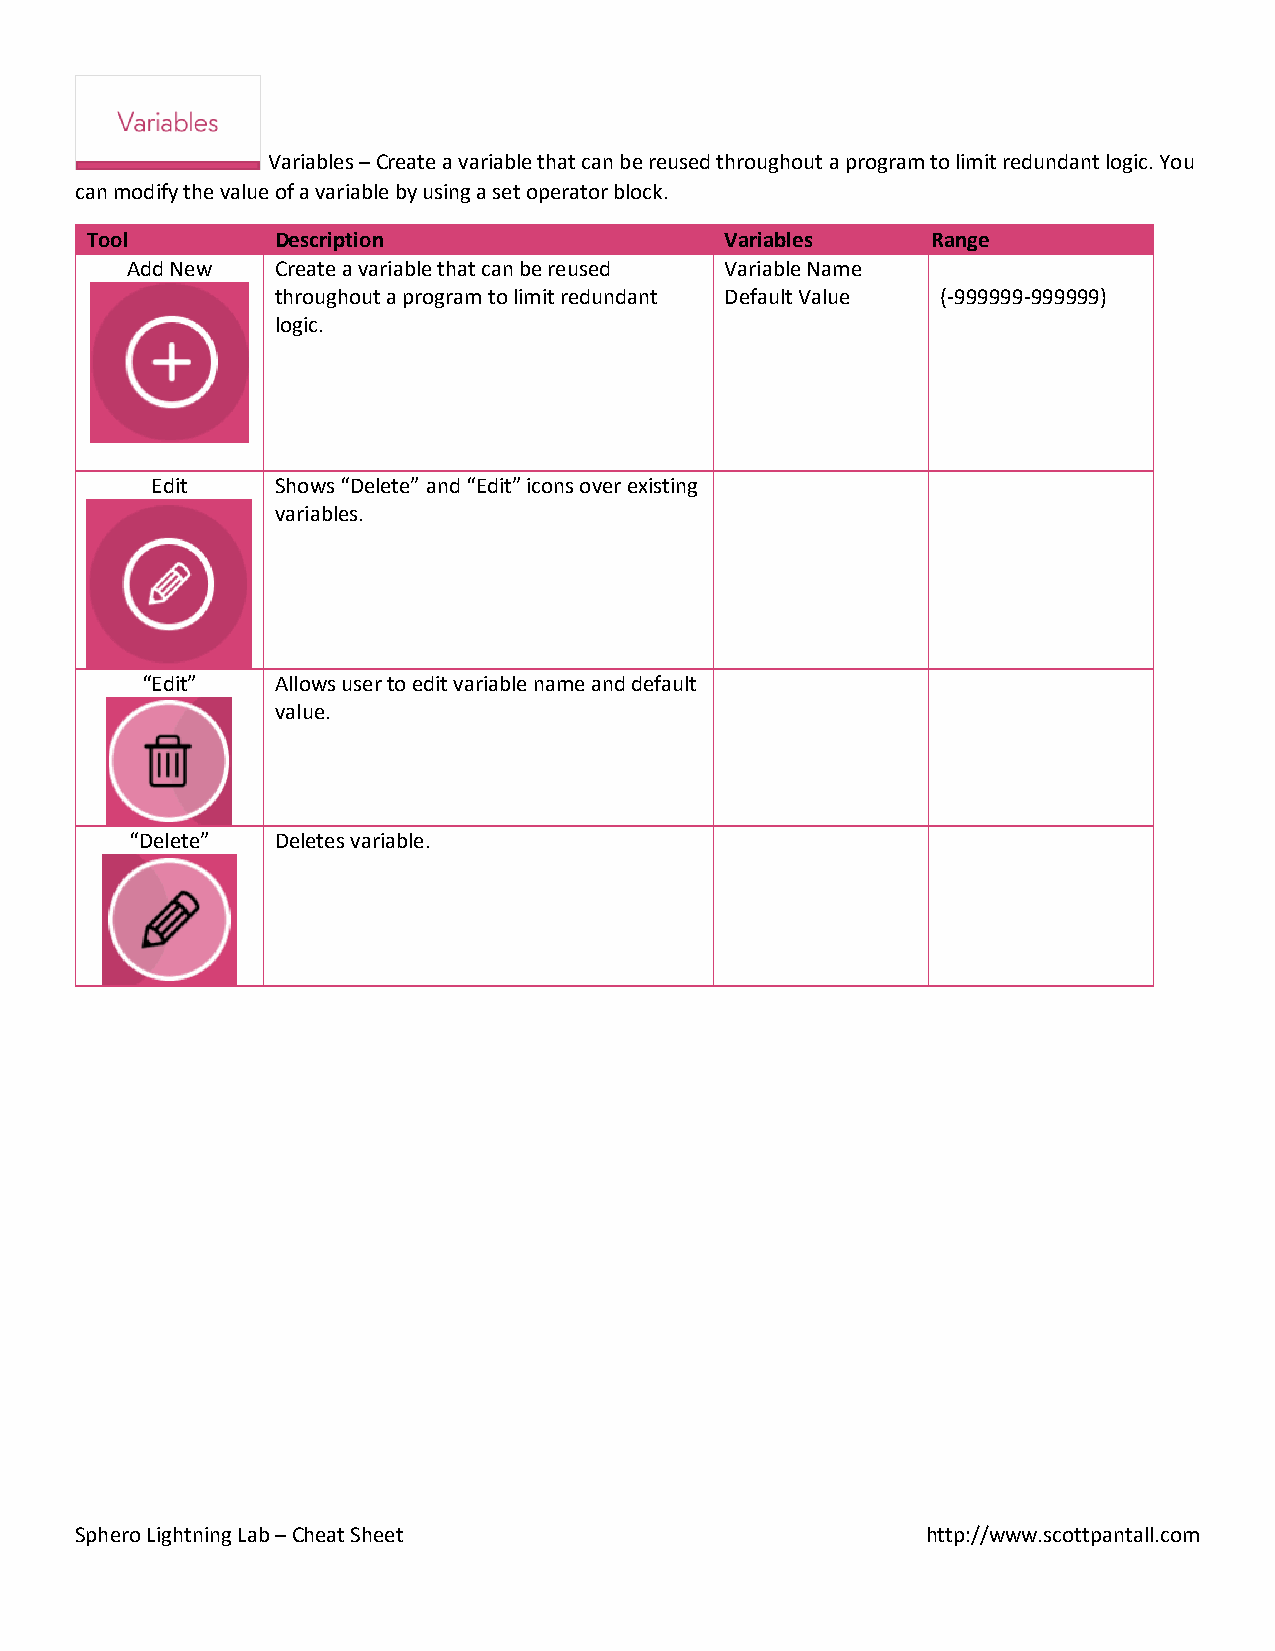
Variables – Create a variable that can be reused throughout a program to limit redundant logic. You
 can modify the value of a variable by using a set operator block.
 Tool        Description                   Variables     Range
 Add New   Create a variable that can be reused Variable Name
 throughout a program to limit redundant Default Value (-999999-999999)
 logic.
 Edit    Shows “Delete” and “Edit” icons over existing
 variables.
 “Edit”   Allows user to edit variable name and default
 value.
 “Delete” Deletes variable.
 Sphero Lightning Lab – Cheat Sheet                      http://www.scottpantall.com